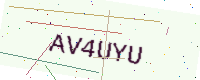
Text: AV4UYU